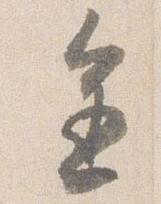
進